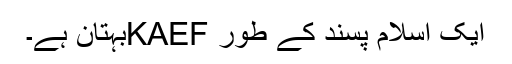
ایک اسلام پسند کے طور KAEFبہتان ہے۔